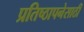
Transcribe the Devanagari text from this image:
प्रतिष्ठापनेसाठी